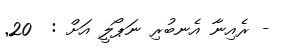
- ރެއިނާ އެނބުރި ނަޕޯލީ އަށް :  20